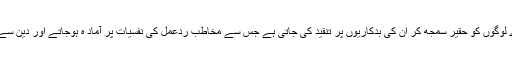
نتیجے کے طور پر برے لوگوں کو حقیر سمجھ کر ان کی بدکاریوں پر تنقید کی جاتی ہے جس سے مخاطب ردعمل کی نفسیات پر آماد ہ ہوجاتے اور دین سے مزید دور ہوجا تے ہیں۔